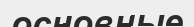
основные